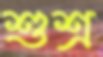
শুশ্র